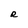
Character: R